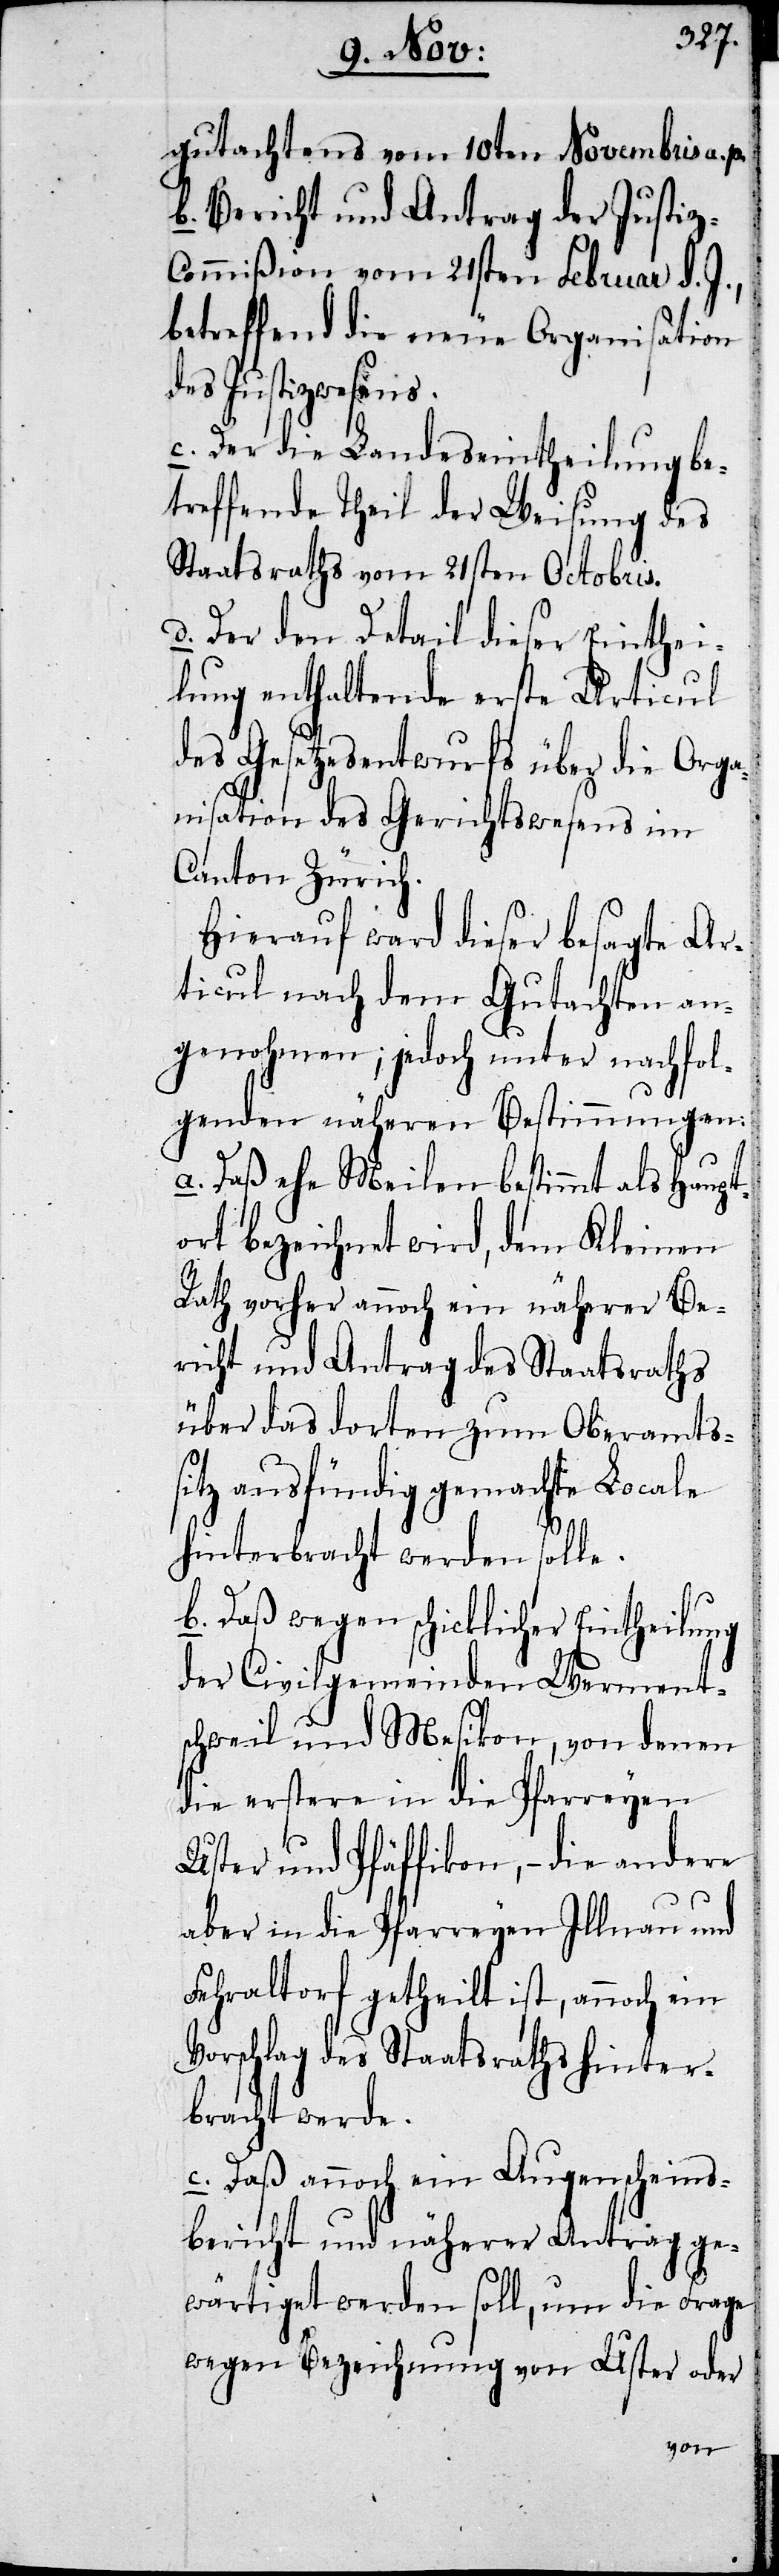
gutachtens vom 10ten Novembris a.
b. Bericht und Antrag der Justi¬
z-Commißion vom 21sten Februar d. J.,
betreffend die neue Organisation
des Justizwesens.
c. Der die Landeseintheilung be¬
treffende Theil der Weisung des
Staatsraths vom 21sten Octobris.
d. Der den Detail dieser Einthei¬
lung enthaltende erste Articul
des Gesetzesentwurfs über die Orga¬
nisation des Gerichtswesens im
Canton Zürich.
Hierauf ward dieser besagte Ar¬
ticul nach dem Gutachten an¬
genohmen; jedoch unter nachfol¬
genden näheren Bestimmungen:
a. Dass ehe Meilen bestimmt als Haupt¬
ort bezeichnet wird, dem Kleinen
Rath vorher annoch ein näherer Be¬
richt und Antrag des Staatsraths
über das dorten zum Oberamtss¬
itz ausfündig gemachte Locale
hinterbracht werden solle.
b. Dass wegen schicklicher Eintheilung
der Civilgemeinden Werment¬
schweil und Mesikon, von denen
die erstere in die Pfarreyen
Uster und Pfäffikon, – die andere
aber in die Pfarreyen Illnau und
Fehraltorf getheilt ist, annoch ein
Vorschlag des Staatsraths hinter¬
bracht werde.
c. Dass annoch ein Augenscheins¬
bericht und näherer Antrag ge¬
wärtiget werden soll, um die Frage
wegen Bezeichnung von Uster oder